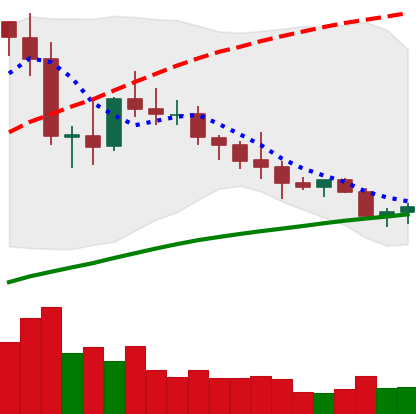
Ticker: NEO-USD
Chart end date: 2020-10-08
Forward return: 3.443%
Label: up_3_5